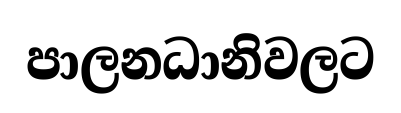
පාලනධානිවලට